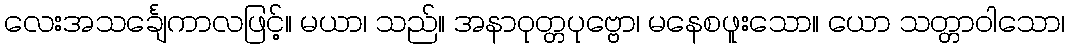
လေးအသင်္ချေကာလဖြင့်။ မယာ၊ သည်။ အနာဝုတ္တပုဗ္ဗော၊ မနေစဖူးသော။ ယော သတ္တာဝါသော၊